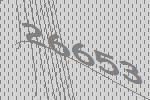
26653